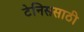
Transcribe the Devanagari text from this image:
टेनिससाठी